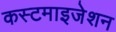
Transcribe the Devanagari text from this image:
कस्टमाइजेशन